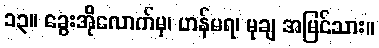
၁၃။ ခွေးအိုလောက်မှ၊ ဟန်မရ၊ မုချ အမြင်သား။